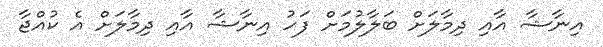
އިނާޝާ އާއި ދިމާލަށް ބަލާލުމަށް ފަހު އިނާޝާ އާއި ދިމާލަށް އެ ކުއްޖާ